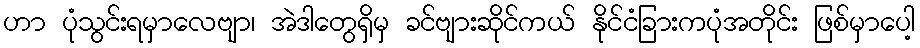
ဟာ ပုံသွင်းရမှာလေဗျာ၊ အဲဒါတွေရှိမှ ခင်ဗျားဆိုင်ကယ် နိုင်ငံခြားကပုံအတိုင်း ဖြစ်မှာပေါ့